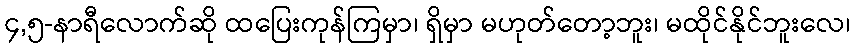
၄,၅-နာရီလောက်ဆို ထပြေးကုန်ကြမှာ၊ ရှိမှာ မဟုတ်တော့ဘူး၊ မထိုင်နိုင်ဘူးလေ၊